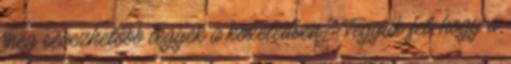
még sebezhetőbb legyek a közeledben? Tegyük fel, hogy a